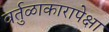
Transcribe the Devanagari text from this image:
वर्तुळाकारापेक्षा